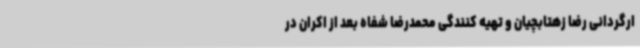
ارگردانی رضا زهتابچیان و تهیه کنندگی محمدرضا شفاه بعد از اکران در